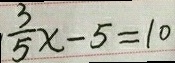
\frac { 3 } { 5 } x - 5 = 1 0